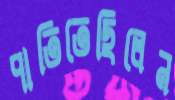
পাতিতেছিলেন